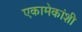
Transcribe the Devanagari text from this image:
एकामेकांशी